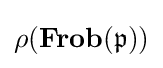
\rho (\mathbf {Frob} ({\mathfrak {p}}))